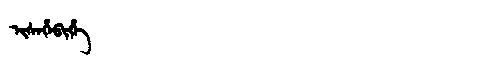
Manchu: ᡳᠰᡝᡥᡝᠪᡳᡥᡝ
Romanization: ISEHEBIHE